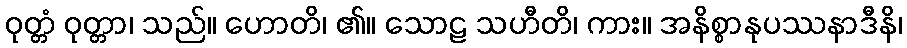
ဝုတ္တံ ဝုတ္တာ၊ သည်။ ဟောတိ၊ ၏။ သောဠ သဟီတိ၊ ကား။ အနိစ္စာနုပဿနာဒီနိ၊